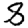
Digit: 8